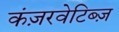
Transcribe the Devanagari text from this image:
कंज़रवेटिब्ज़